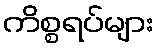
ကိစ္စရပ်များ